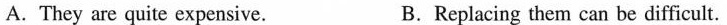
A. They are quite expensive.B.Replacing them can be difficult.